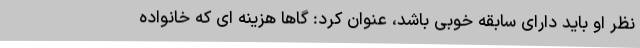
نظر او باید دارای سابقه خوبی باشد، عنوان کرد: گاها هزینه ای که خانواده